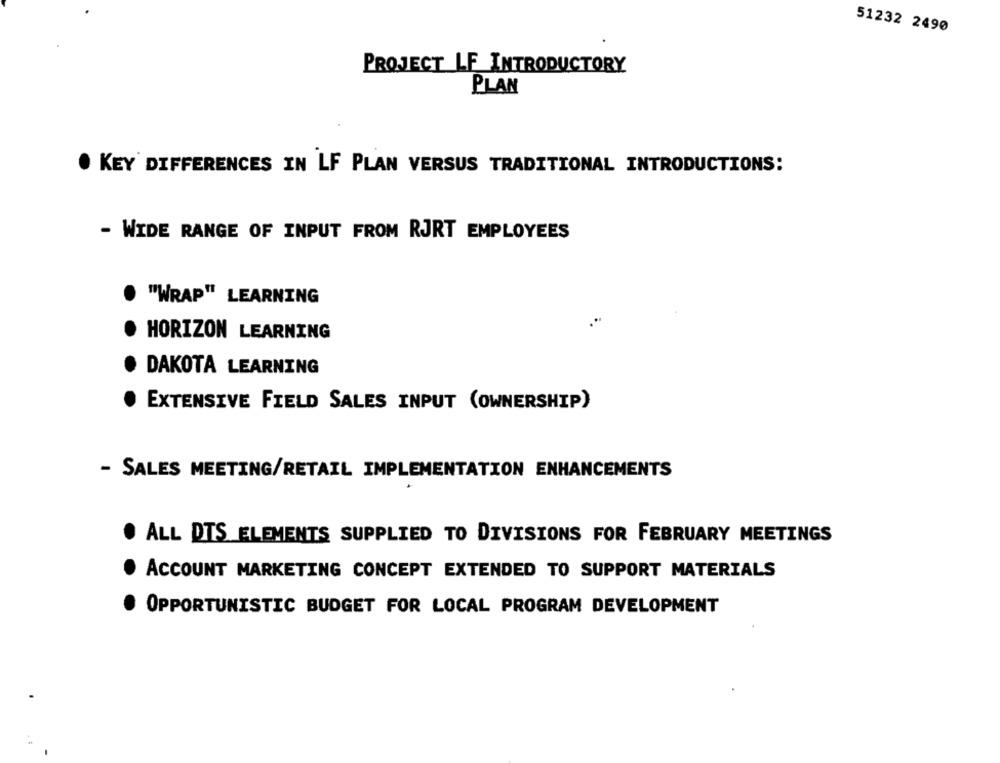
51232 2490
PROJECT LF INTRODUCTORY
PLAN
· KEY DIFFERENCES IN LF PLAN VERSUS TRADITIONAL INTRODUCTIONS:
- WIDE RANGE OF INPUT FROM RJRT EMPLOYEES
"WRAP" LEARNING
HORIZON LEARNING
DAKOTA LEARNING
EXTENSIVE FIELD SALES INPUT (OWNERSHIP)
- SALES MEETING/RETAIL IMPLEMENTATION ENHANCEMENTS
. ALL DTS ELEMENTS SUPPLIED TO DIVISIONS FOR FEBRUARY MEETINGS
ACCOUNT MARKETING CONCEPT EXTENDED TO SUPPORT MATERIALS
OPPORTUNISTIC BUDGET FOR LOCAL PROGRAM DEVELOPMENT